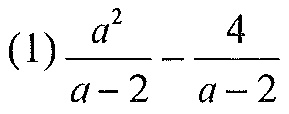
(1)\(\dfrac{a^{2}}{a - 2}-\dfrac{4}{a - 2}\)